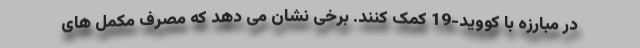
در مبارزه با کووید-19 کمک کنند. برخی نشان می دهد که مصرف مکمل های